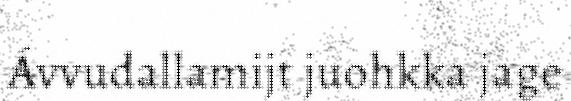
Ávvudallamijt juohkka jage